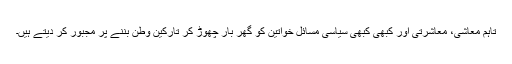
تاہم معاشی، معاشرتی اور کبھی کبھی سیاسی مسائل خواتین کو گھر بار چھوڑ کر تارکین وطن بننے پر مجبور کر دیتے ہیں۔